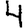
Digit: 4